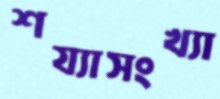
শয্যাসংখ্যা